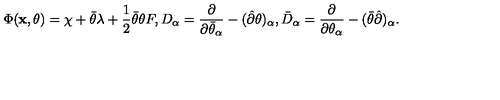
\Phi ( { \bf x } , \theta ) = \chi + \bar { \theta } \lambda + \frac 1 2 \bar { \theta } \theta F , D _ { \alpha } = \frac { \partial } { \partial \bar { \theta } _ { \alpha } } - ( \hat { \partial } \theta ) _ { \alpha } , \bar { D } _ { \alpha } = \frac { \partial } { \partial \theta _ { \alpha } } - ( \bar { \theta } \hat { \partial } ) _ { \alpha } .